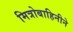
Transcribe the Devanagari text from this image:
मित्रोबाहिनीने